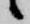
候